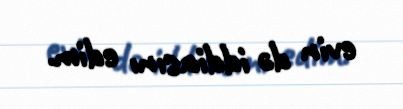
evin də iddiasını edim.